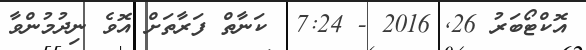
އޮކްޓޯބަރު 26